Vaccination report Assam 1896-1927 - 1896-1927
Year: 1896
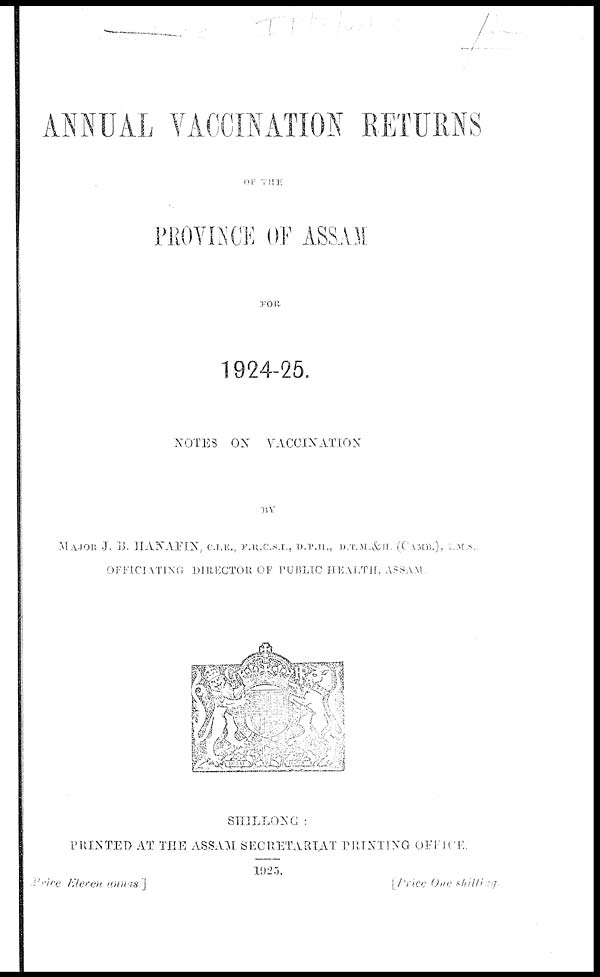
ANNUAL VACCINATION RETURNS
OF THE
PROVINCE OF ASSAM
FOR
1924-25.
NOTES ON VACCINATION
BY
MAJOR J. B. HANAFIN, C.I.E., F.R.C.S.I., D.P.H., D.T.M.&H. (CAMB.), I. M. S.
OFFICIATING DIRECTOR OF PUBLIC HEALTH, ASSAM
SHILLONG
PRINTED AT THE ASSAM SECRETARIAT PRINTING OFFICE
1925.
Price Eleven annas ]
[
Price
One shilling